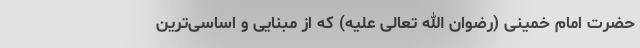
حضرت امام خمینی (رضوان الله تعالی علیه) که از مبنایی و اساسی‌ترین